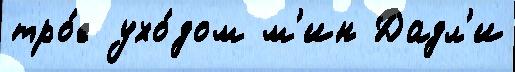
тро́е ухо́дом м'ин Дадл'и